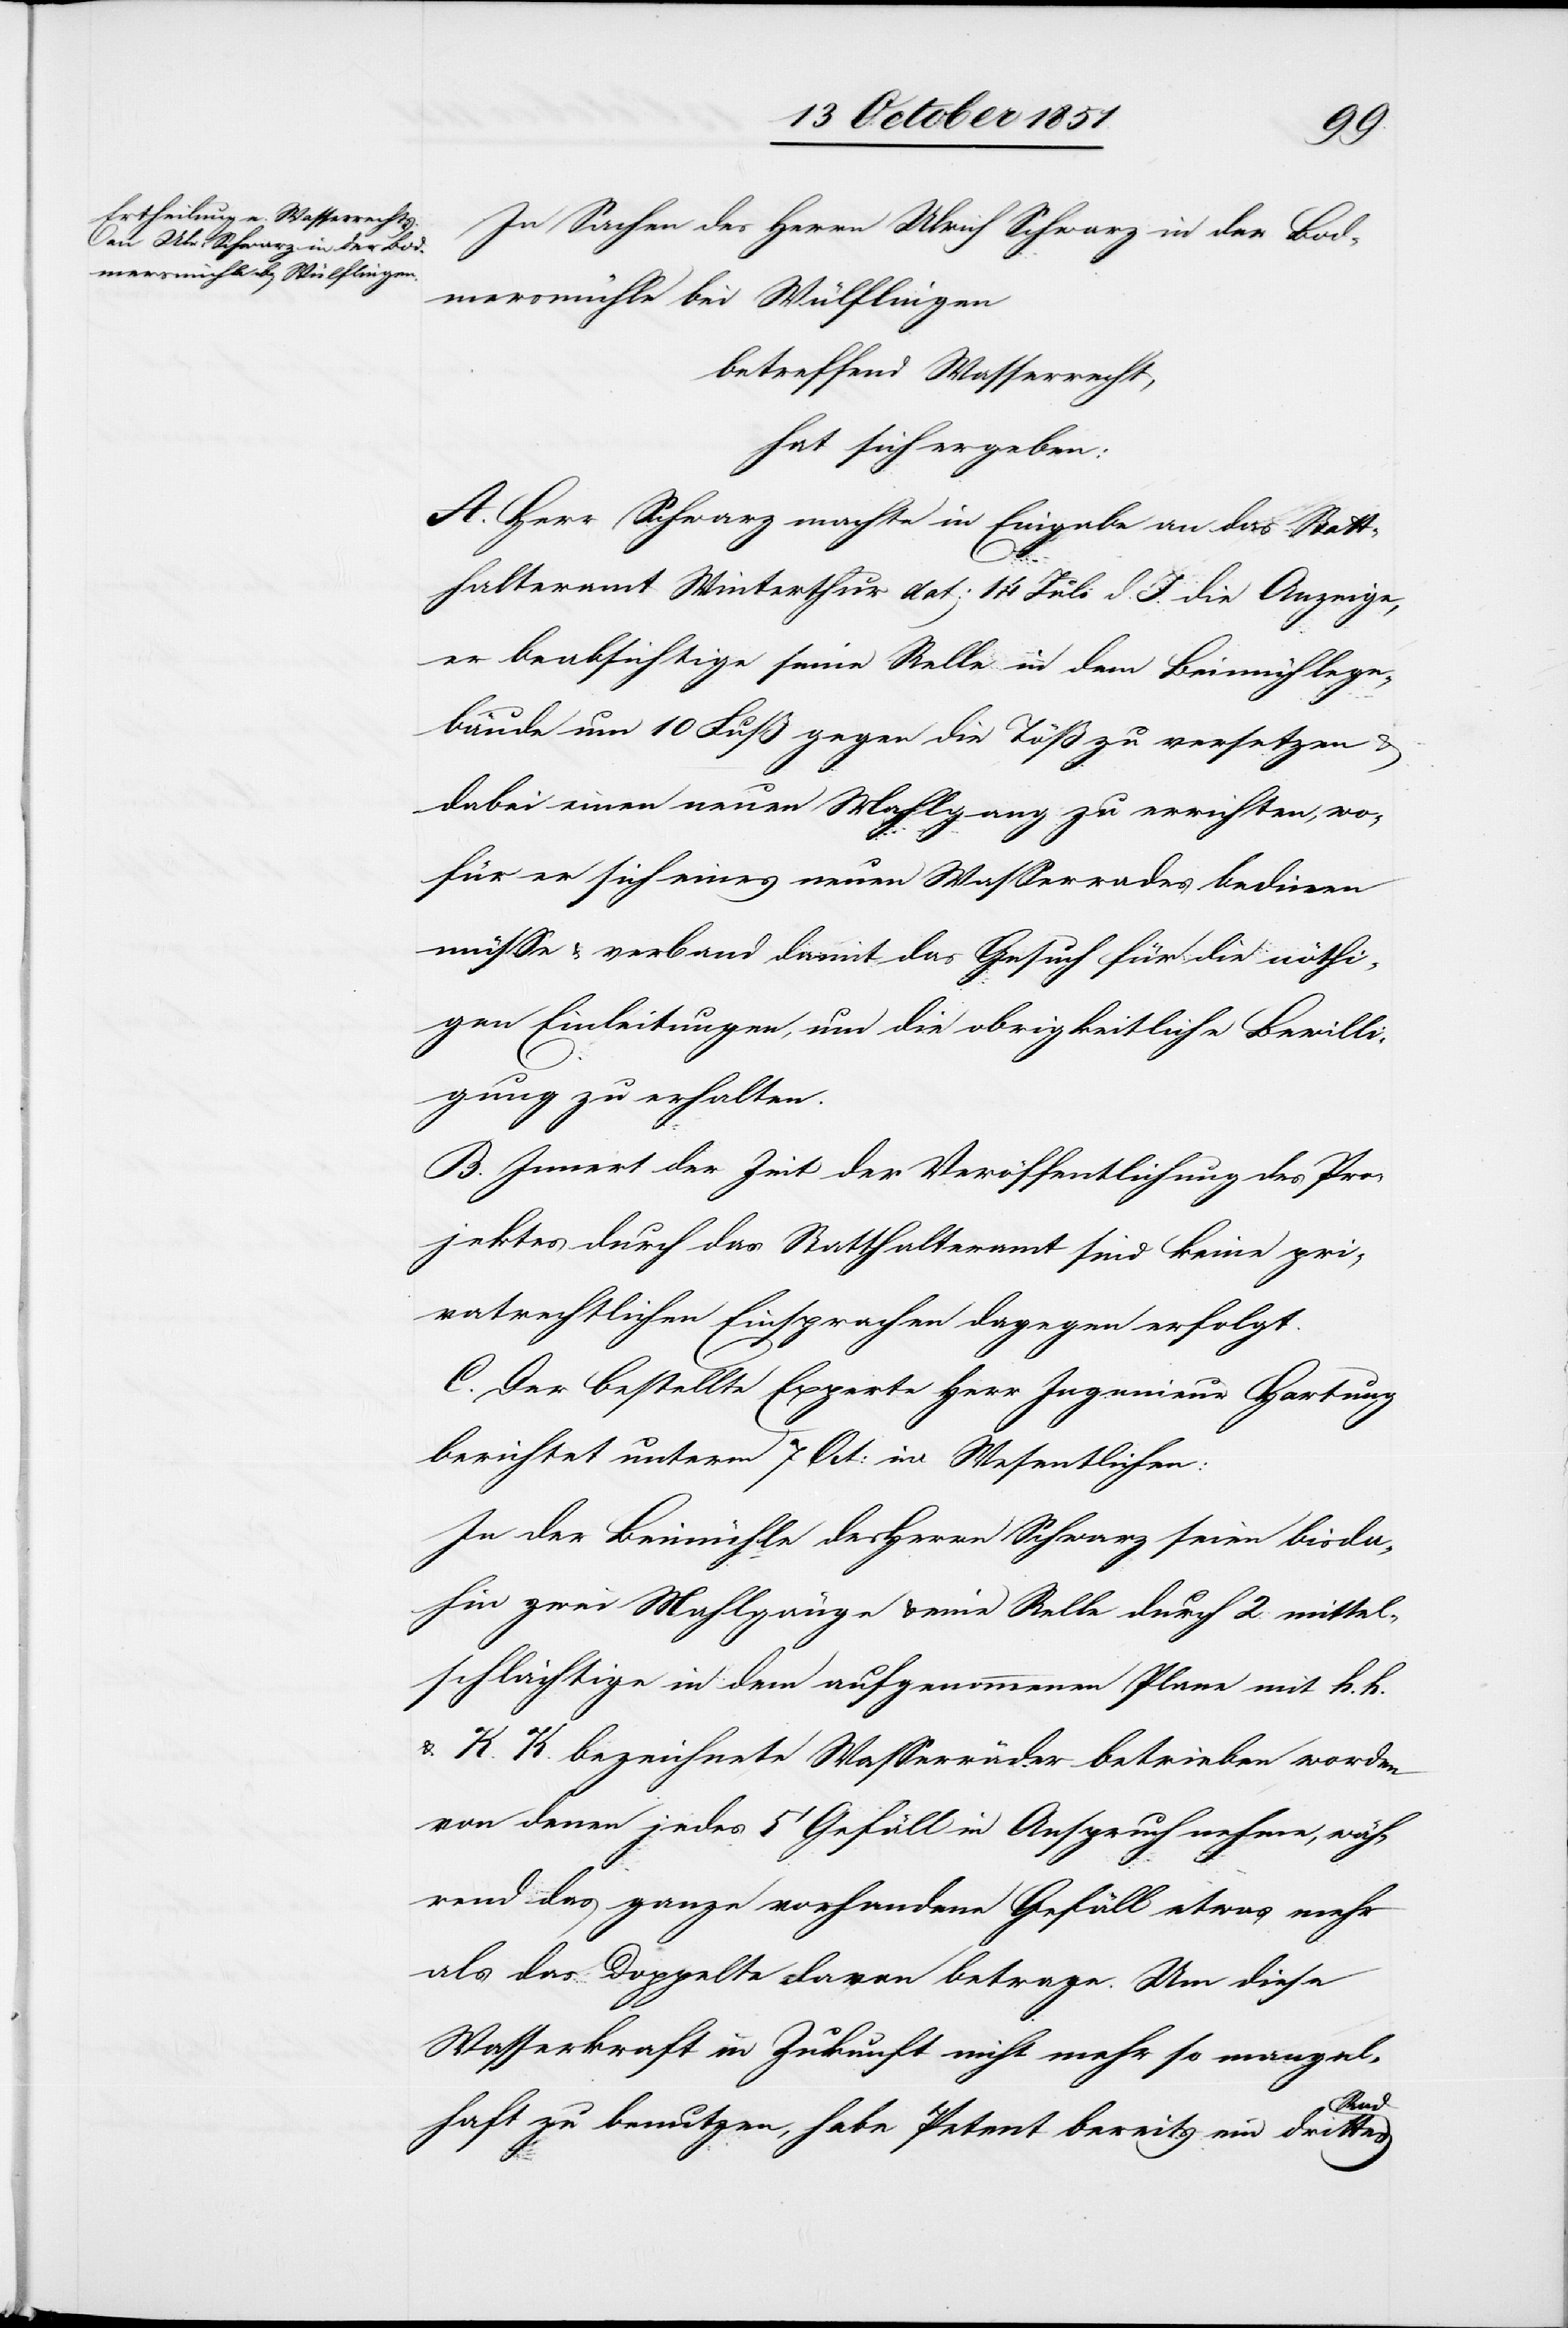
In Sachen des Herrn Ulrich Schwarz in der Bod¬
mersmühle bei Wülflingen
betreffend Wasserrecht,
hat sich ergeben:
A. Herr Schwarz machte in Eingabe an das Statt¬
halteramt Winterthur dat: 14 Juli d. J. die Anzeige,
er beabsichtige seine Relle in dem Beimühlege¬
bäude um 10 Fuß gegen die Töß zu versetzen
dabei einen neuen Mahlgang zu errichten, wo¬
für er sich eines neuen Wasserrades bedi[e]nen
müsse & verband damit das Gesuch für die nöthi¬
gen Einleitungen, um die obrigkeitliche Bewilli¬
gung zu erhalten.
B. Innert der Zeit der Veröffentlichung des Pro¬
jektes durch das Statthalteramt sind keine pri¬
vatrechtlichen Einsprachen dagegen erfolgt.
C. Der bestellte Experte Herr Ingenieur Hartung
berichtet unterm 7 Oct: im Wesentlichen:
In der Beimühle des Herrn Schwarz seien bisda¬
hin zwei Mahlgänge & eine Relle durch 2. mittel¬
schlächtige in dem aufgenommenen Plane mit h. h.
& K. K. bezeichnete Wasserräder betrieben worden
von denen jedes 5‘ Gefäll in Anspruch nehme, wäh¬
rend das ganze vorhandene Gefäll etwas mehr
als das Doppelte davon betrage. Um diese
Wasserkraft in Zukunft nicht mehr so mangel¬
haft zu benutzen, habe Petent bereits ein drittes